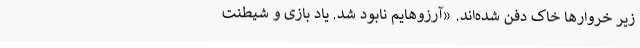
زیر خروارها خاک دفن شده‌اند. «آرزوهایم نابود شد. یاد بازی و شیطنت